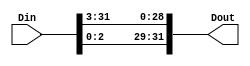
module LEA_ROR3(Din,Dout);

input [31:0] Din;
output [31:0] Dout;

assign Dout[31:0] = {Din[2:0], Din[31:3]};

endmodule